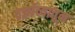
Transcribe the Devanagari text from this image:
वर्झाव्यातून